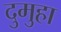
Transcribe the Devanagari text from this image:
दुमुहा